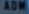
ADW